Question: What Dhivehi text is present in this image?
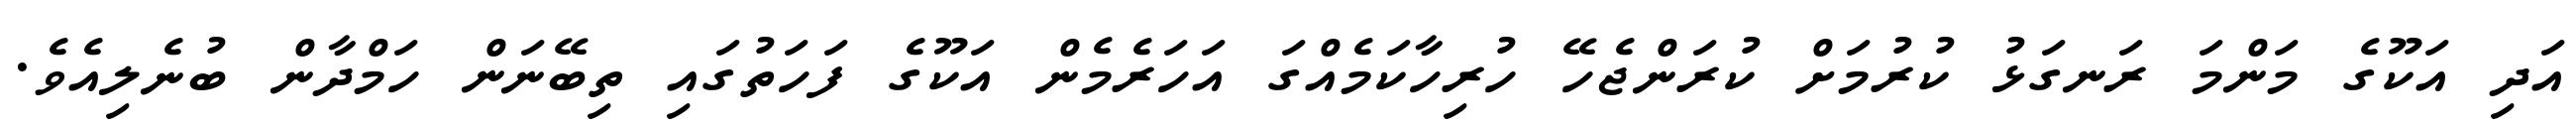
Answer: އަދި އަކޫގެ މަންމަ ރަނގަޅު ކުރުމަށް ކުރަންޖެހޭ ހުރިހާކަމެއްގަ އަހަރެމެން އަކޫގެ ފަހަތުގައި ތިބޭނަން ހަމްދާން ބުނެލިއެވެ.